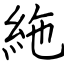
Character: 絁